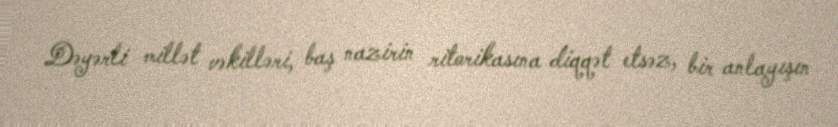
Dəyərli millət vəkilləri, baş nazirin ritorikasına diqqət etsəz, bir anlayışın